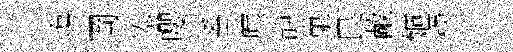
塲岡奏嚶番廡静巢良敞姬棣